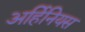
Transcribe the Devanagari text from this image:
अर्हिनियस